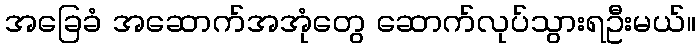
အခြေခံ အဆောက်အအုံတွေ ဆောက်လုပ်သွားရဦးမယ်။